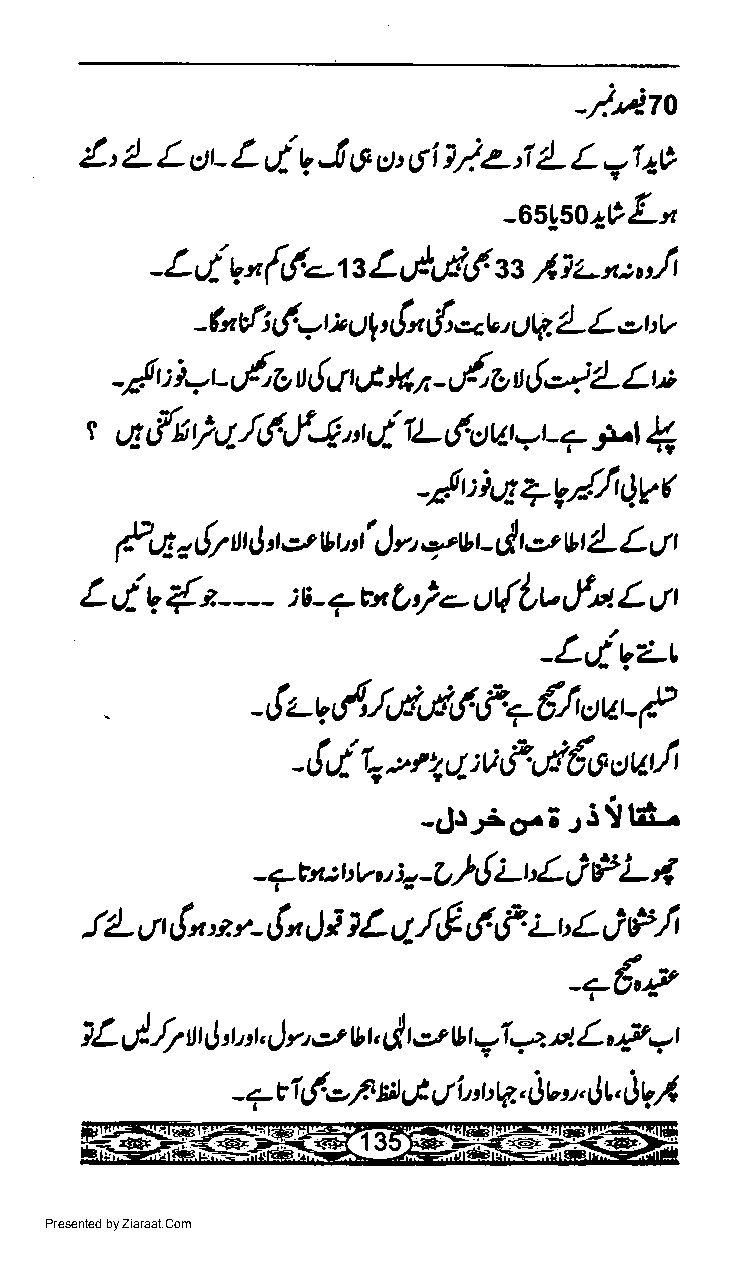
-/rj-to
 I'           i
 L L  ttt L  g.! 6 s' 6i 1/c-:7 4- L 7l ag
 Lt
 -65!5o2Q
 i
 - L  v n {,!.-'r s L,y'c&f x I i'- "',' /r
 (
 -h d ; - t * q',!n dt -cv, ut?. L L ebv
 -a! t ; i*L d,g u q!,J t C,V, tt -vdn tt { *t /- Lt,;
 t         I!,f4,rui                  (
 {s               IL ('stat    j-rt
 iJ-                  -t-.-
 LE
 -;!uiqqrr/_.,fit).Vt
 (r
 tq,     ttt,J ttot vrtt' I rt 9"vr-/,t.2t vt i)- Lg r
 {                         fi
 L,,i    "--   :s- + t't L';c u{Lv   L
 v                                urt
 -Lq9-zr
 .
 -t.Vty''t,rt.tf,f7€l,rwg
 -t!,ir-,.t2,1-:v,f.'l€o"tafi
 ,'t
 -4s;o.;
 r ,i il
 j
 - c.- et:t :V r :7 -O ){ LE- F L 4
 j2.t
 JiL u,,!n *r- tn Ji lL L/-/tf 6 Lf. LuL
 -+€"P
 e*t|-,
 lL,.l./f ttrJ ,r.t, r) r, et Ur,t l /. L "p,.r
 i (.oV           jv,,    I
 - a       a 6 tl'r,'r'V.. t|u JV
 Presented by Ziaraat.Com